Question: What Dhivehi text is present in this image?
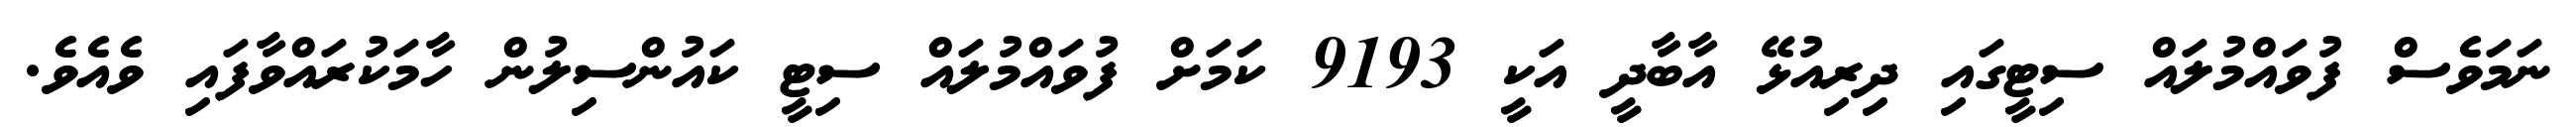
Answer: ނަމަވެސް ފުވައްމުލައް ސިޓީގައި ދިރިއުޅޭ އާބާދީ އަކީ 9193 ކަމަށް ފުވައްމުލައް ސިޓީ ކައުންސިލުން ހާމަކުރައްވާފައި ވެއެވެ.